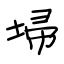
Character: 埽